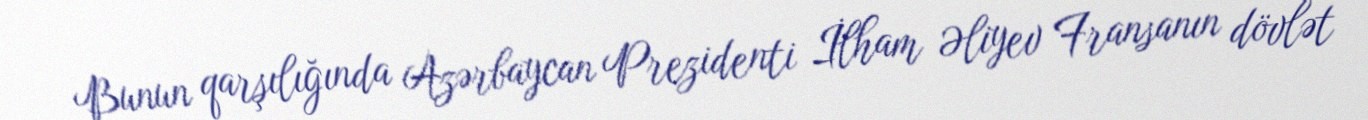
Bunun qarşılığında Azərbaycan Prezidenti İlham Əliyev Fransanın dövlət